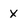
Character: X